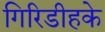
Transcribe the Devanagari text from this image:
गिरिडीहके